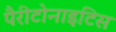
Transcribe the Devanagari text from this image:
पैरीटोनाइटिस